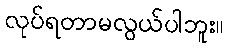
လုပ်ရတာမလွယ်ပါဘူး။